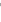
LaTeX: \dot{}